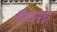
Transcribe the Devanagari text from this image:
ष्क्रेबनेवा